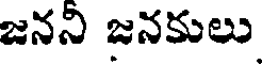
జనని జనకులు